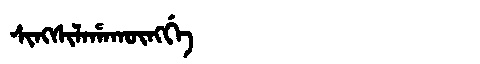
Manchu: ᠰᡳᠩᠰᡳᠯᠠᡥᠠᡴᡡᠩᡤᡝ
Romanization: SINGSILAHAKŪNGGE